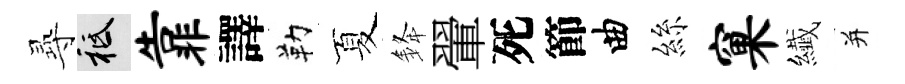
𡬶祇靠譯勒夏𨦟翬死節曲絲窠纎并